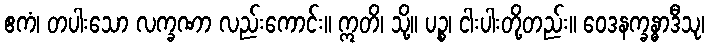
ဧကံ၊ တပါးသော လက္ခဏာ လည်းကောင်း။ ဣတိ၊ သို့။ ပဉ္စ၊ ငါးပါးတို့တည်း။ ဝေဒနက္ခန္ဓာဒီသု၊